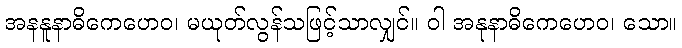
အနနူနာဓိကေဟေဝ၊ မယုတ်လွန်သဖြင့်သာလျှင်။ ဝါ အနုနာဓိကေဟေဝ၊ သော။